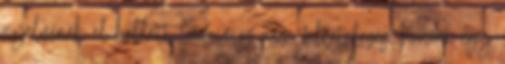
nyelvének el kellett tunnie ez nem feltételezés, hanem egy